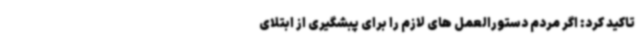
تاکید کرد: اگر مردم دستورالعمل های لازم را برای پبشگیری از ابتلای